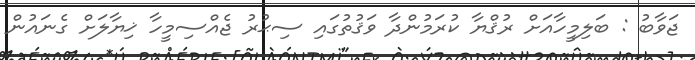
ޖަވާބު : ބަލިމީހާއަށް ރުޤްޔާ ކުރަމުންދާ ވަޤުތުގައި ސިޙުރު ޖެއްސިމީހާ ޚިޔާލަށް ގެނައުން